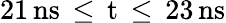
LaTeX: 21\, \mathrm{{ns}\, \leq\, t\, \leq\, 23\, \mathrm{{ns}}}